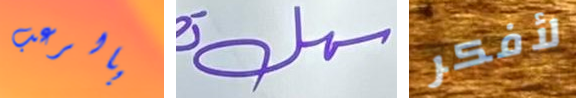
بالرعب سهل لأفكر